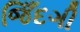
જિઁદગી